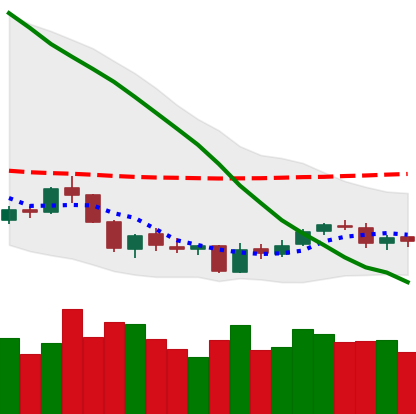
Ticker: NEO-USD
Chart end date: 2018-06-06
Forward return: -15.425%
Label: down_7plus